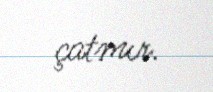
çatmır.